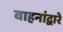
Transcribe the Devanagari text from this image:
वाहनांद्वारे